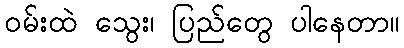
ဝမ်းထဲ သွေး၊ ပြည်တွေ ပါနေတာ။